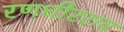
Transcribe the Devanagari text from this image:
रणधीरराव